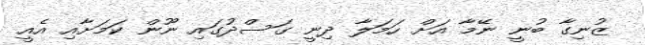
ޒުނިގާ ބުނީ ނޭމާ އަށް ހަމަލާ ދިނީ ގަސްދުގައި ނޫން ކަމަށާއި އެއީ